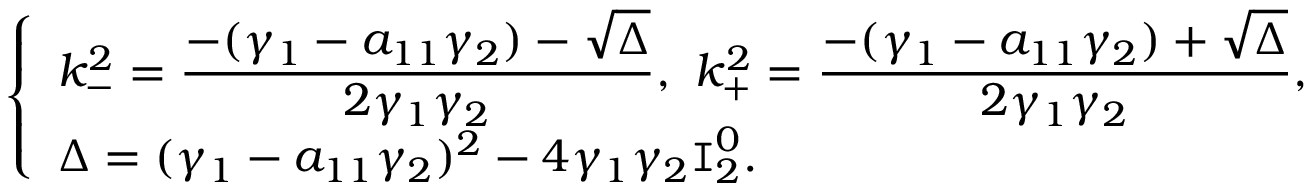
\left\{ \begin{array} { l l } { k _ { - } ^ { 2 } = \displaystyle \frac { - ( \gamma _ { 1 } - a _ { 1 1 } \gamma _ { 2 } ) - \sqrt { \Delta } } { 2 \gamma _ { 1 } \gamma _ { 2 } } , \, \, k _ { + } ^ { 2 } = \displaystyle \frac { - ( \gamma _ { 1 } - a _ { 1 1 } \gamma _ { 2 } ) + \sqrt { \Delta } } { 2 \gamma _ { 1 } \gamma _ { 2 } } , } \\ { \Delta = ( \gamma _ { 1 } - a _ { 1 1 } \gamma _ { 2 } ) ^ { 2 } - 4 \gamma _ { 1 } \gamma _ { 2 } \texttt I _ { 2 } ^ { 0 } . } \end{array} \right.